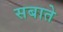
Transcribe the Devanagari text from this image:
सबाते